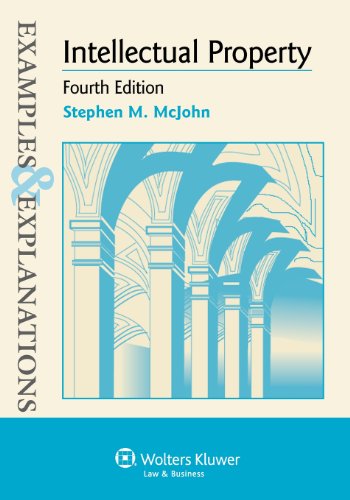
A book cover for Examples & Explanations: Intellectual Property, Fourth Edition; Stephen M. McJohn; Law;